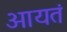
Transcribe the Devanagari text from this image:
आयतं